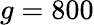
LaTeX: g=800